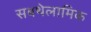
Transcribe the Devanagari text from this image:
सबथेलामिक